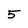
Character: 5